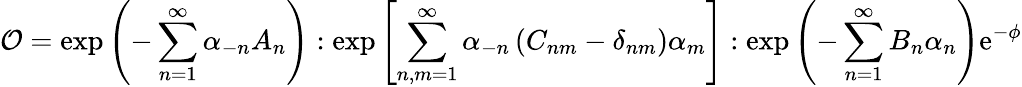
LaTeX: {\cal O}=\exp\left(-\sum_{n=1}^{\infty}\alpha_{-n}A_{n}\right):\exp\left[\sum_{n,m=1}^{\infty}\alpha_{-n}\left(C_{nm}-\delta_{nm}\right)\alpha_{m}\right]:\exp\left(-\sum_{n=1}^{\infty}B_{n}\alpha_{n}\right)\mathrm{e}^{-\phi}